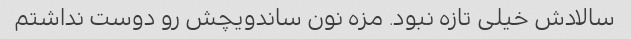
سالادش خیلی تازه نبود. مزه نون ساندویچش رو دوست نداشتم